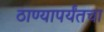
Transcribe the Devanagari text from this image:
ठाण्यापर्यंतचा